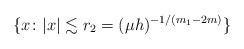
LaTeX: \begin{align*}\{x\colon |x|\lesssim r_2 = (\mu h)^{-1/(m_1-2m)}\}\end{align*}